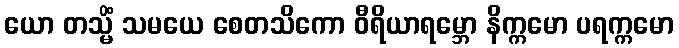
ယော တသ္မိံ သမယေ စေတသိကော ဝီရိယာရမ္ဘော နိက္ကမော ပရက္ကမော